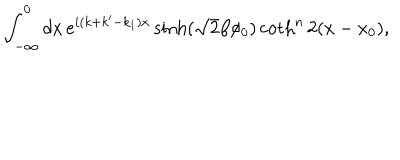
LaTeX: \int _ { - \infty } ^ { 0 } d x \, e ^ { i ( k + k ^ { \prime } - k _ { 1 } ) x } \sinh ( \sqrt { 2 } \beta \phi _ { 0 } ) \coth ^ { n } 2 ( x - x _ { 0 } ) ,